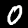
Digit: 0